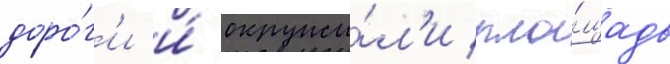
доро́г'и и́ окружи́л'и пло́щадь